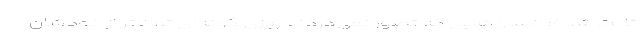
ثابت شده؛ انسان‌هایی که تصور نمی‌کردند روزی گونه‌ای تواناتر از خودشان